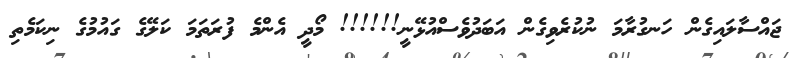
ޖައްސާލައިގެން ހަނގުރާމަ ނުކުރެވިގެން އަބަދުވެސްއުޅޭނީ!!!!!! މޯދީ އެންމެ ފުރަތަމަ ކަލޭގެ ގައުމުގެ ނިކަމެތި